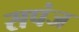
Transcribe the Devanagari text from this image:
सपंज